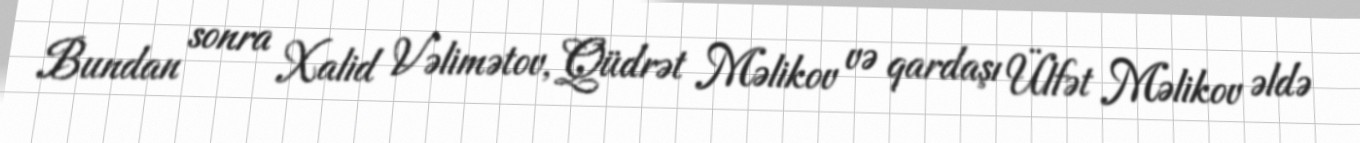
Bundan sonra Xalid Vəlimətov, Qüdrət Məlikov və qardaşı Ülfət Məlikov əldə